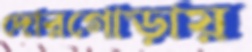
দোরগোড়ায়